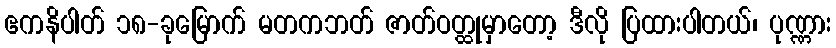
ဧကနိပါတ် ၁၈-ခုမြောက် မတကဘတ် ဇာတ်ဝတ္ထုမှာတော့ ဒီလို ပြထားပါတယ်၊ ပုဏ္ဏား